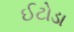
ઈટોડા